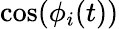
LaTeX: \cos(\phi_{i}(t))